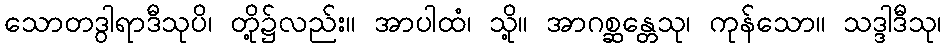
သောတဒွါရာဒီသုပိ၊ တို့၌လည်း။ အာပါထံ၊ သို့။ အာဂစ္ဆန္တေသု၊ ကုန်သော။ သဒ္ဒါဒီသု၊